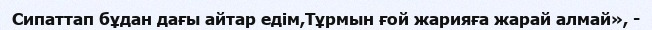
Сипаттап бұдан дағы айтар едім,Тұрмын ғой жарияға жарай алмай», -